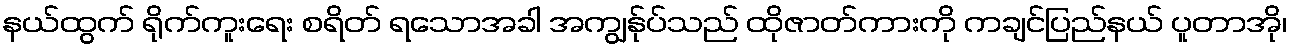
နယ်ထွက် ရိုက်ကူးရေး စရိတ် ရသောအခါ အကျွန်ုပ်သည် ထိုဇာတ်ကားကို ကချင်ပြည်နယ် ပူတာအို၊